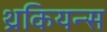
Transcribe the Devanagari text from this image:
थ्रकियन्स